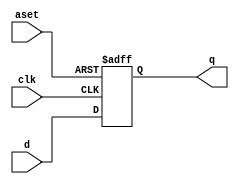
`timescale 1ns / 1ps
module asyncset(clk,d,aset,q);
input clk,d,aset;
output reg q;
always @(posedge clk or posedge aset)
begin
        if(aset)
                q<=1'b1;
        else
                q<=d;
end
endmodule